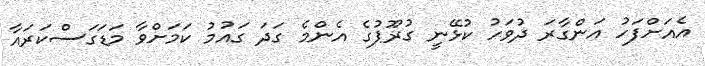
އެއަށްފަހު އަންގާރަ ދުވަހު ކުޅޭނީ ގުރޫޕުގެ އެންމެ ގަދަ ގައުމު ކަމަށްވާ މަޑަގަސްކަރައާ